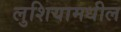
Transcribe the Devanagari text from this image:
लुशियामधील